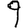
Digit: 9